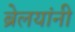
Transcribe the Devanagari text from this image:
ब्रेलयांनी